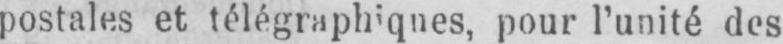
pour l’unité des